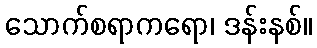
သောက်စရာကရော၊ ဒန်းနစ်။